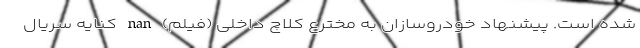
شده است. پیشنهاد خودروسازان به مخترع کلاچ داخلی (فیلم) nan کنایه سریال